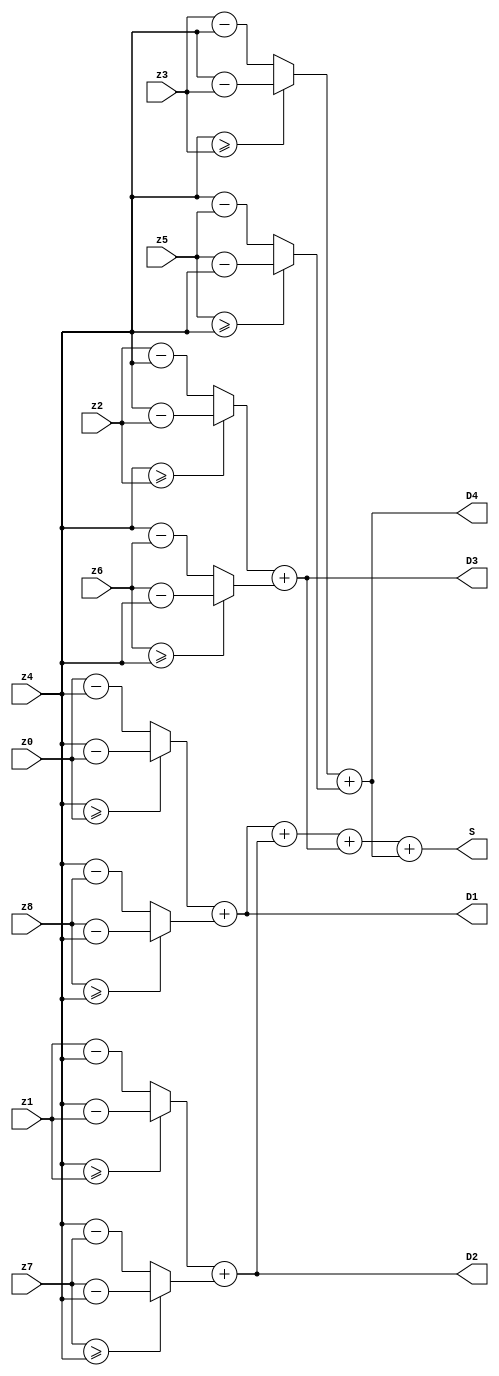
module Mor_Gradient_fuzzy(z0, z1, z2, z3, z4, z5, z6, z7, z8, D1, D2, D3, D4, S);
    // usually grayscale image has 8 to 24 bits per pixel
    //color image has 24 bits per pixel
    //reg [639:0] pixels [0:319];
    //two dimensional pixels, each pixel contains a 8-bit number(0 to 255)
    parameter bit = 8;

    input [7:0] z0, z1, z2, z3, z4, z5, z6, z7, z8;
    output wire [7:0] D1, D2, D3, D4, S;
    // need to have an input binary file here to fill out pixels
    //just testing for now
    
    // now try to use a state machine
    wire [7:0] D1_a, D1_b, D2_a, D2_b, D3_a, D3_b, D4_a, D4_b;    
    
    assign D1_a = (z4 >= z0) ? (z4 - z0):(z0 - z4);
    assign D1_b = (z8 >= z4) ? (z8 - z4):(z4 - z8);
    assign D1   = D1_a + D1_b;
    assign D2_a = (z4 >= z1) ? (z4 - z1):(z1 - z4);
    assign D2_b = (z7 >= z4) ? (z7 - z4):(z4 - z7);
    assign D2   = D2_a + D2_b;
    assign D3_a = (z4 >= z2) ? (z4 - z2):(z2 - z4);
    assign D3_b = (z6 >= z4) ? (z6 - z4):(z4 - z6);
    assign D3   = D3_a + D3_b;
    assign D4_a = (z4 >= z3) ? (z4 - z3):(z3 - z4);
    assign D4_b = (z5 >= z4) ? (z5 - z4):(z4 - z5);
    assign D4   = D4_a + D4_b;
    assign S    = (D1 + D2 + D3 + D4);
endmodule